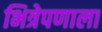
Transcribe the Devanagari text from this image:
भित्रेपणाला